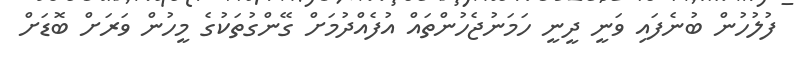
ފުލުހުން ބުނެފައި ވަނީ ދީނީ ހަމަނުޖެހުންތައް އުފެއްދުމަށް ގޭންގުތަކުގެ މީހުން ވަރަށް ބޮޑަށް